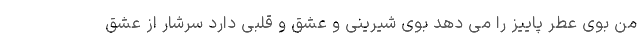
من بوی عطر پاییز را می دهد بوی شیرینی و عشق و قلبی دارد سرشار از عشق